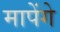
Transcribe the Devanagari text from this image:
मापेंगे